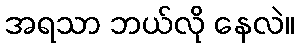
အရသာ ဘယ်လို နေလဲ။